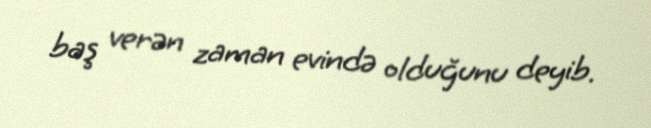
baş verən zaman evində olduğunu deyib.